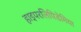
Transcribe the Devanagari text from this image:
हाइपरलिपिडेमिया